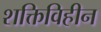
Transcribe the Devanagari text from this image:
शक्तिविहीन